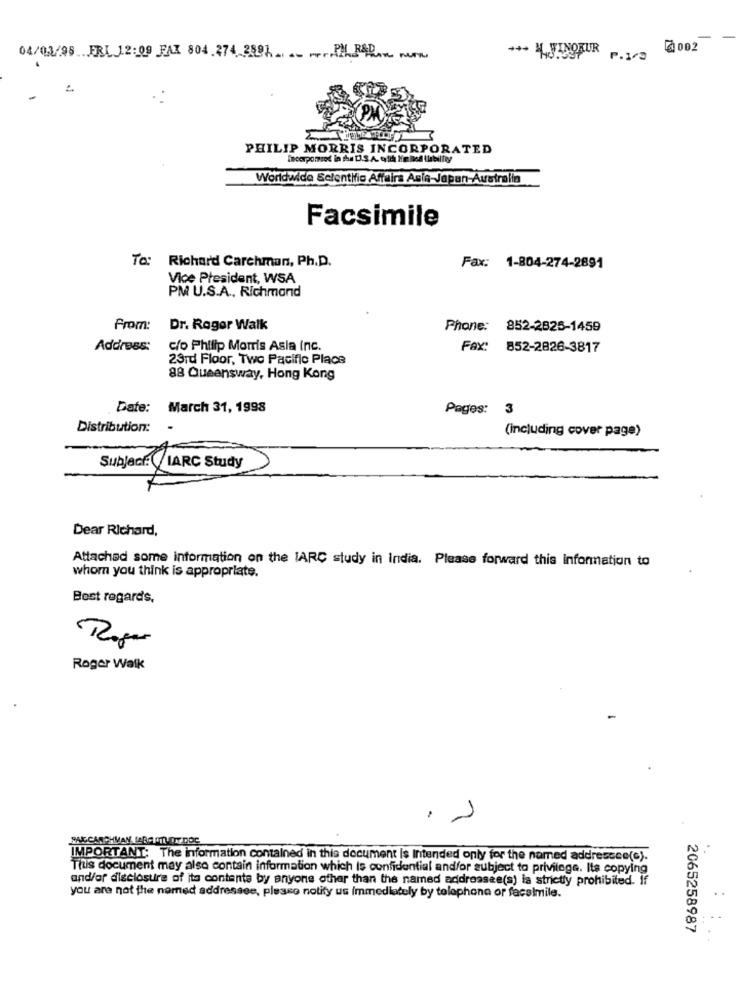
+++ WINOKUR
0002
04/03/98 FRI 12:09 FAX 804.274.2887 .... . um
P.1/2
PHILIP MORRIS INCORPORATED
Worldwide Scientific Affairs Asia-Japan-Australia
Facsimile
To: Richard Carchman, Ph.D.
Fax: 1-804-274-2891
Vice President, WSA
PM U.S.A ., Richmond
From:
Dr. Roger Walk
Phone: 852-2825-1459
Address:
c/o Philip Morris Asia Inc.
Fax: 852-2826-3817
23rd Floor, Two Pacific Place
88 Queensway, Hong Kong
Date:
March 31, 1998
Pages: 3
Distribution:
(including cover page)
Subject: IARC Study
Dear Richard,
Attached some information on the IARC study in India. Please forward this information to
whom you think is appropriate.
Best regards,
Roger Walk
SALCARCHMAN [ARAMA DY DOC
IMPORTANT: The information contained in this document is Intended only for the named addressee(s).
This document may also contain information which Is confidential and/or subject to privilege. Its copying
and/or disclosure of its contents by anyone other than the named addressee(s) la strictly prohibited. If
you are not the named addressee, please notify us Immediately by telephone or facsimile.
2065258987